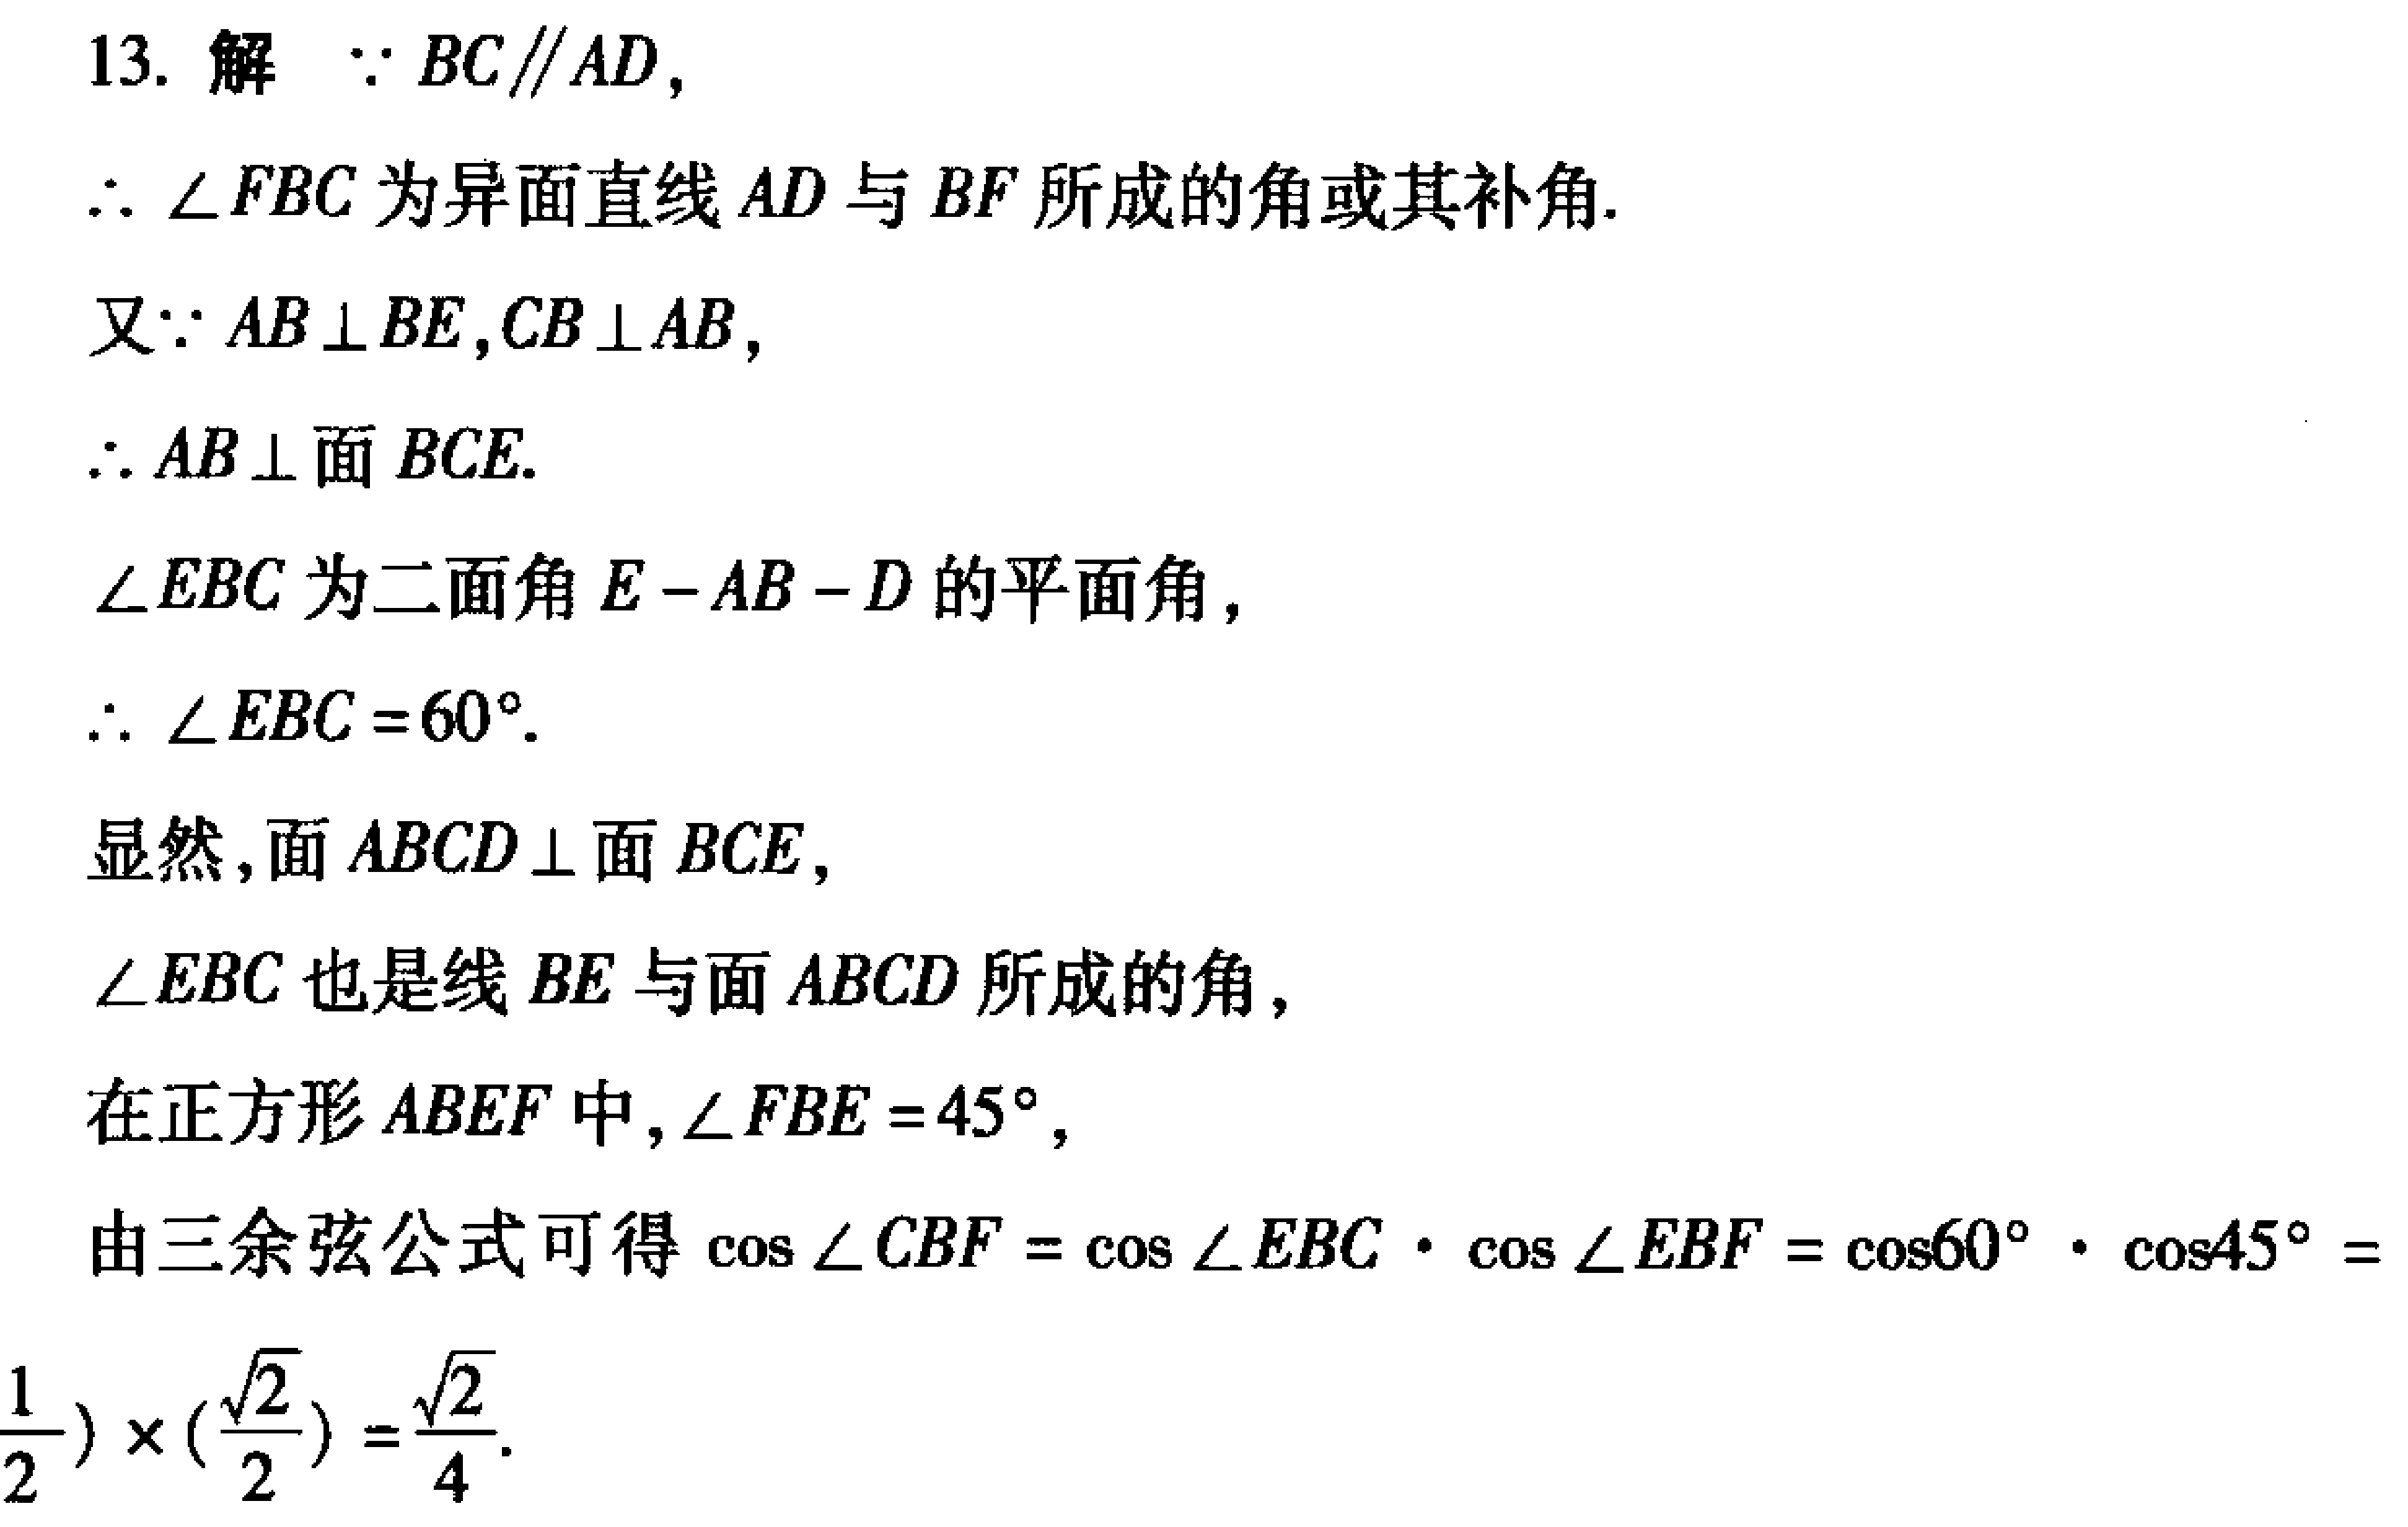
13. 解  $\because BC\parallel AD,$
$\therefore \angle FBC$为异面直线$AD$与$BF$所成的角或其补角.
又$\because AB\perp BE,CB\perp AB,$
$\therefore AB\perp$面$BCE.$
$\angle EBC$为二面角$E - AB - D$的平面角，
$\therefore \angle EBC = 60^{\circ}.$
显然，面$ABCD\perp$面$BCE,$
$\angle EBC$也是线$BE$与面$ABCD$所成的角，
在正方形$ABEF$中，$\angle FBE = 45^{\circ},$
由三余弦公式可得$\cos\angle CBF=\cos\angle EBC\cdot\cos\angle EBF=\cos60^{\circ}\cdot\cos45^{\circ} =$
$\frac{1}{2})\times(\frac{\sqrt{2}}{2})=\frac{\sqrt{2}}{4}.$